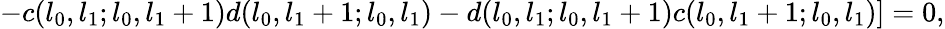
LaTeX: -c(l_{0},l_{1};l_{0},l_{1}+1)d(l_{0},l_{1}+1;l_{0},l_{1})-d(l_{0},l_{1};l_{0},l_{1}+1)c(l_{0},l_{1}+1;l_{0},l_{1})]=0,